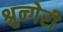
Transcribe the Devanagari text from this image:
श्रुन्गेरी